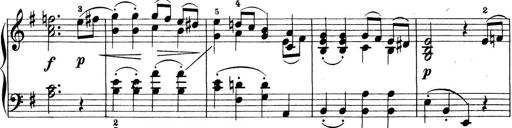
Title: Preis-Sonatine
Composer: Ernst James Bremner